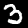
Label: 3